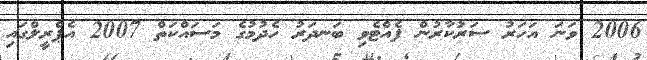
2006 ވަނަ އަހަރު ސަރުކާރުން ފެއްޓެވި ބަނދަރު ހެދުމުގެ މަސައްކަތް 2007 އެޕްރީލްގައި